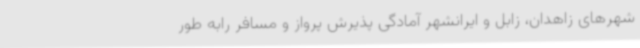
شهرهای زاهدان، زابل و ایرانشهر آمادگی پذیرش پرواز و مسافر رابه طور